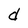
Character: d